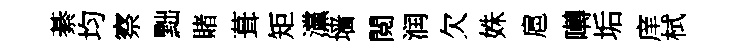
綦均察黜賭葺矩灙墙閲润欠姝扈囀垢庠栻